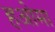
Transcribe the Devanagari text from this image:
हओमा